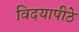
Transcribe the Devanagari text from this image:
विदयापीठे